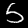
Label: 5